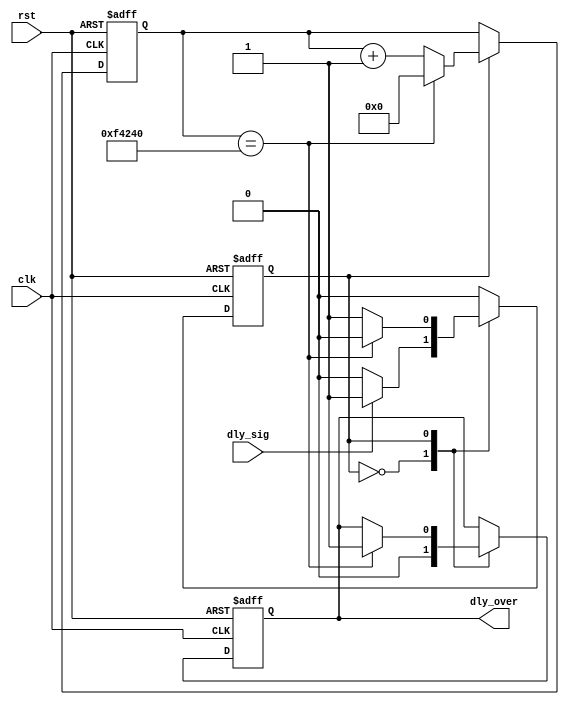
`timescale 1ns / 1ps
module delay_10ms(
    input clk,
    input rst,
    input dly_sig,
    output reg dly_over
    );
    //
    parameter T10MS = 20'd1000000;
    //
    reg [19:0]cnt_clk;
    reg pos;
    always @( posedge clk or posedge rst )
        if( rst )
        begin
            cnt_clk <=20'd0;
            dly_over <= 1'b0;
            pos <= 1'b0;
        end
        else 
            case( pos )
                1'b0:
                begin
                    dly_over <= 1'b0;
                    if( dly_sig )
                        pos <= 1'b1;
                end   
                1'b1:
                    if( cnt_clk == T10MS )
                    begin
                        dly_over <= 1'b1;
                        cnt_clk <= 20'd0;
                        pos <= 1'b0;
                    end
                    else
                        cnt_clk <= cnt_clk + 1'b1;
            endcase
    //
endmodule